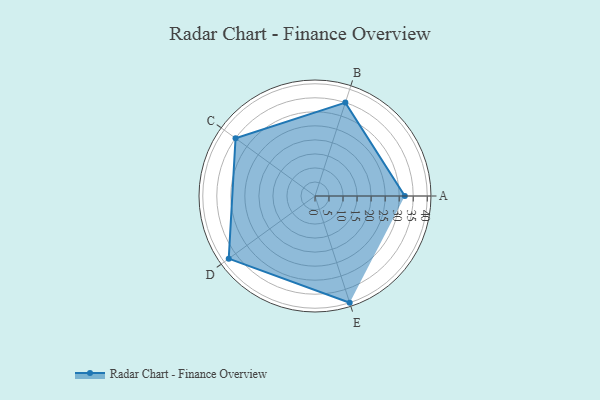
{"axis": {"x": "Skill", "y": "Score"}, "legend": ["Profile"], "data": [{"x": "A", "y": 32.0, "type": "Profile"}, {"x": "B", "y": 35.0, "type": "Profile"}, {"x": "C", "y": 35.0, "type": "Profile"}, {"x": "D", "y": 38.0, "type": "Profile"}, {"x": "E", "y": 40.0, "type": "Profile"}]}